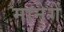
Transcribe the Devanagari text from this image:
मानेगें